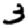
Digit: 3